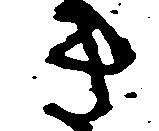
き